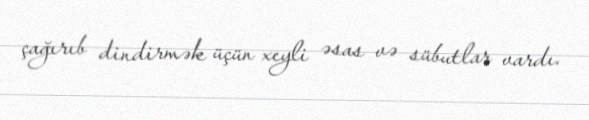
çağırıb dindirmək üçün xeyli əsas və sübutlar vardı.